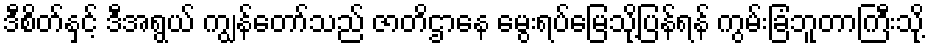
ဒီစိတ်နှင့် ဒီအရွယ် ကျွန်တော်သည် ဇာတိဌာနေ မွေးရပ်မြေသို့ပြန်ရန် ကွမ်းခြံဘူတာကြီးသို့